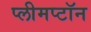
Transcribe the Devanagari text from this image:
प्लीमप्टॉन